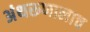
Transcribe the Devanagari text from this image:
अंथरूणालाच